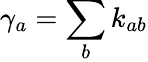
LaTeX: \gamma_{a}=\sum_{b}k_{ab}